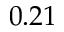
0 . 2 1